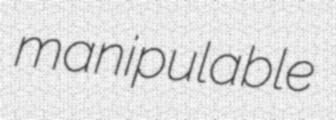
manipulable